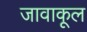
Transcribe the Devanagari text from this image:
जावाकूल